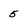
Character: 5